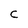
Character: C